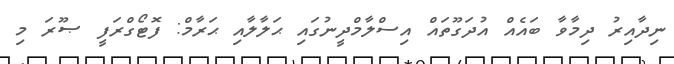
ނިދާއިރު ދިމާވާ ބައެއް އުދަގޫތައް އިސްލާމްދީނުގައި ޙަލާލާއި ޙަރާމް: ފޮޓޯގްރަފީ ޞޫރަ މި